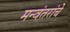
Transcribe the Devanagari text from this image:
मन्वंतरांचे